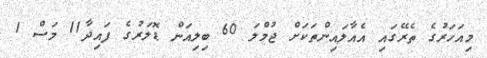
މިއަހަރުގެ ތެރޭގައި އެއާލައިންތަކަށް ޖުމްލަ 60 ބިލިއަން ޑޮލަރުގެ ފައިދާ11 މަސް 1